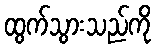
ထွက်သွားသည်ကို